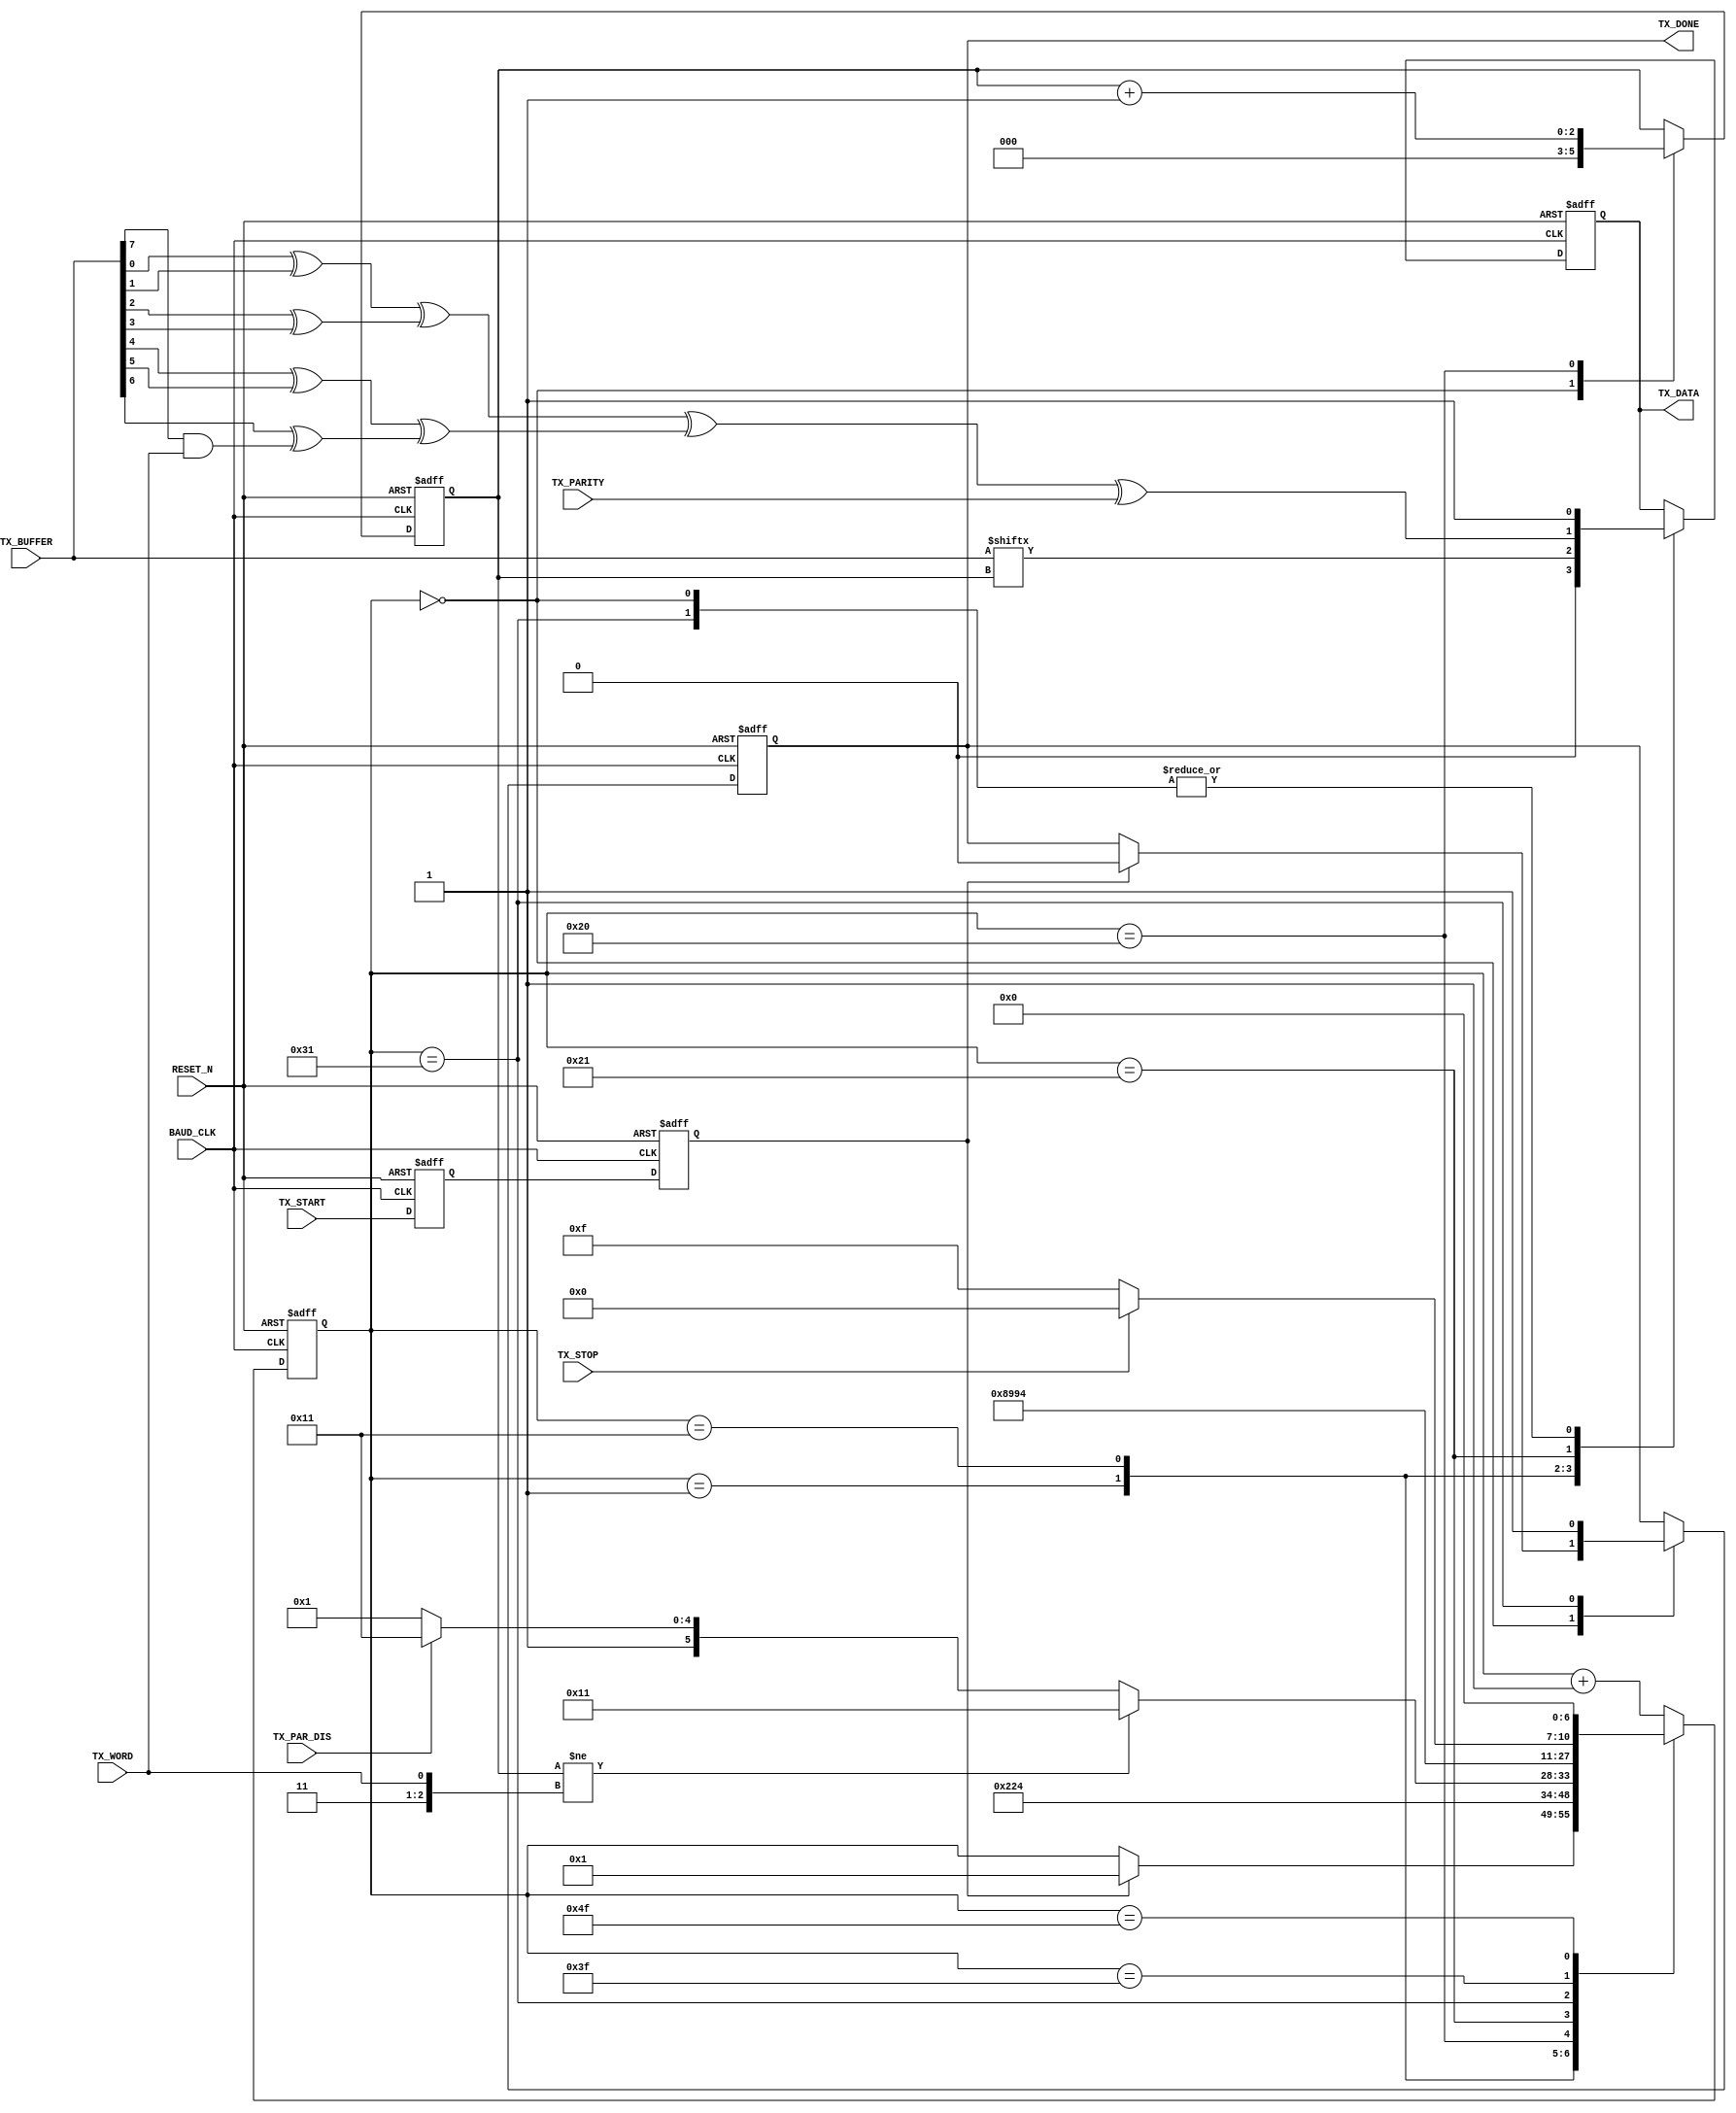
module UART_TX(
BAUD_CLK,
RESET_N,
TX_DATA,
TX_START,
TX_DONE,
TX_STOP,
TX_WORD,
TX_PAR_DIS,
TX_PARITY,
TX_BUFFER
);

input					BAUD_CLK;
input					RESET_N;
output				TX_DATA;
reg					TX_DATA;
input					TX_START;
output				TX_DONE;
reg					TX_DONE;
input					TX_STOP;
input					TX_WORD;
input					TX_PAR_DIS;
input					TX_PARITY;

input		[7:0]		TX_BUFFER;

reg		[6:0]		STATE;
reg		[2:0]		BIT;
wire					PARITY;
reg					TX_START0;
reg					TX_START1;

assign PARITY =	((TX_BUFFER[0] ^ TX_BUFFER[1])
					^	 (TX_BUFFER[2] ^ TX_BUFFER[3]))
					^	((TX_BUFFER[4] ^ TX_BUFFER[5])
					^	 (TX_BUFFER[6] ^ (TX_BUFFER[7] & TX_WORD))) // clear bit #8 if only 7 bits
					^	  TX_PARITY;

always @ (negedge BAUD_CLK or negedge RESET_N)
begin
	if(!RESET_N)
	begin
		STATE <= 7'b0000000;
		TX_DATA <= 1'b1;
		TX_DONE <= 1'b1;
		BIT <= 3'b000;
		TX_START0 <= 1'b0;
		TX_START1 <= 1'b0;
	end
	else
	begin
		TX_START0 <= TX_START;
		TX_START1 <= TX_START0;
		case (STATE)
		7'b0000000:
		begin
			BIT <= 3'b000;
			TX_DATA <= 1'b1;
			if(TX_START1)
			begin
				TX_DONE <= 1'b0;
				STATE <= 7'b0000001;
			end
		end
		7'b0000001:
		begin
			TX_DATA <= 1'b0;
			STATE <= 7'b0000010;
		end
		7'b0010001:
		begin
			TX_DATA <= TX_BUFFER[BIT];
			STATE <= 7'b0010010;
		end
		7'b0100000:
		begin
			BIT <= BIT + 1'b1;
			if(BIT != {2'b11, TX_WORD})
				STATE <= 7'b0010001;
			else
				if(!TX_PAR_DIS)
					STATE <= 7'b0100001;				// do parity
				else
					STATE <= 7'b0110001;				// do stop
		end
// Start parity bit
		7'b0100001:
		begin
			TX_DATA <= PARITY;
			STATE <= 7'b0100010;
		end
// start stop
		7'b0110001:
		begin
			TX_DONE <= 1'b1;
			TX_DATA <= 1'b1;
			STATE <= 7'b0110010;
		end
// end of first stop bit
		7'b0111111:
		begin
			if(!TX_STOP)
				STATE <= 7'b1001111;
			else
				STATE <= 7'b1000000;
		end
		7'b1001111:
		begin
			STATE <= 7'b0000000;
		end
		default: STATE <= STATE + 1'b1;
		endcase
	end
end
endmodule